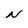
Character: N